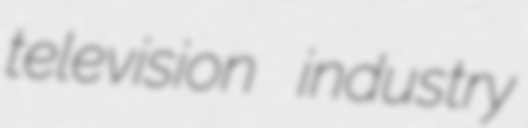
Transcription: television industry